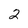
Character: 2